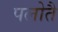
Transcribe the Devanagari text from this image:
पलोतै